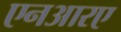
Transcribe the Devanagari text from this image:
एनआरए